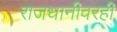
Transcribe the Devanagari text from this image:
राजधानीवरही